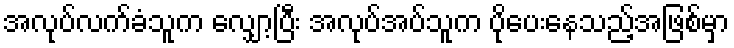
အလုပ်လက်ခံသူက လျှော့ပြီး အလုပ်အပ်သူက ပိုပေးနေသည့်အဖြစ်မှာ